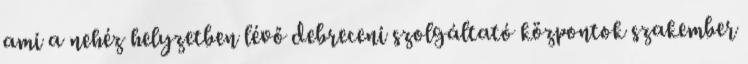
ami a nehéz helyzetben lévő debreceni szolgáltató központok szakember